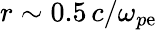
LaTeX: r\sim0.5\, c/\omega_{p\mathrm{e}}